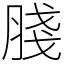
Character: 䏼